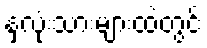
နှလုံးသားများထဲတွင်